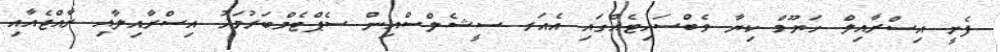
ފެށީ އިސްރާއިލް ހަޔޫމް ކިޔާ ވެބްސައިޓެއްގައި އެއަރ ސީޝެލްސްއިން ސެޕްޓެމްބަރުމަހު އިސްރާއިލާއި ރާއްޖެއާއި